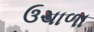
ઉચાળા